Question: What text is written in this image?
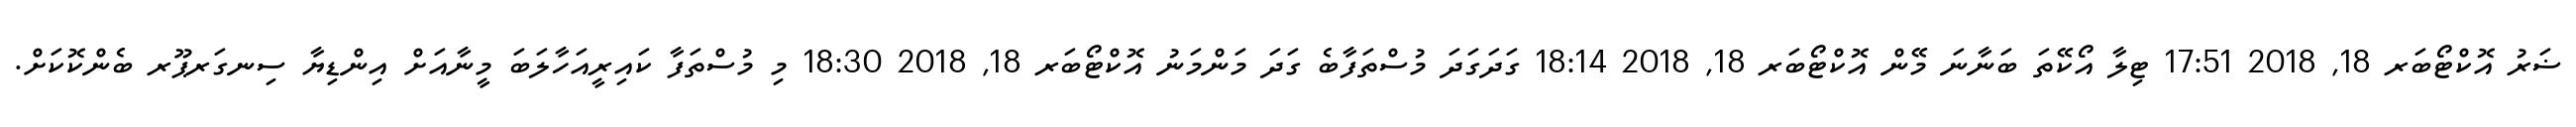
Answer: ޟަރު އޮކްޓޯބަރ 18, 2018 17:51 ޓިލާ އޯކޭތަ ބަނާނަ މޭން އޮކްޓޯބަރ 18, 2018 18:14 ގަދަގަދަ މުސްތަފާބެ ގަދަ މަންމަނު އޮކްޓޯބަރ 18, 2018 18:30 މި މުސްތަފާ ކައިރީއަހާލަބަ މީނާއަށް އިންޑިޔާ ސިނގަރޕޫރ ބެންކޮކަށް.